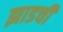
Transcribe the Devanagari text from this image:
झाडची